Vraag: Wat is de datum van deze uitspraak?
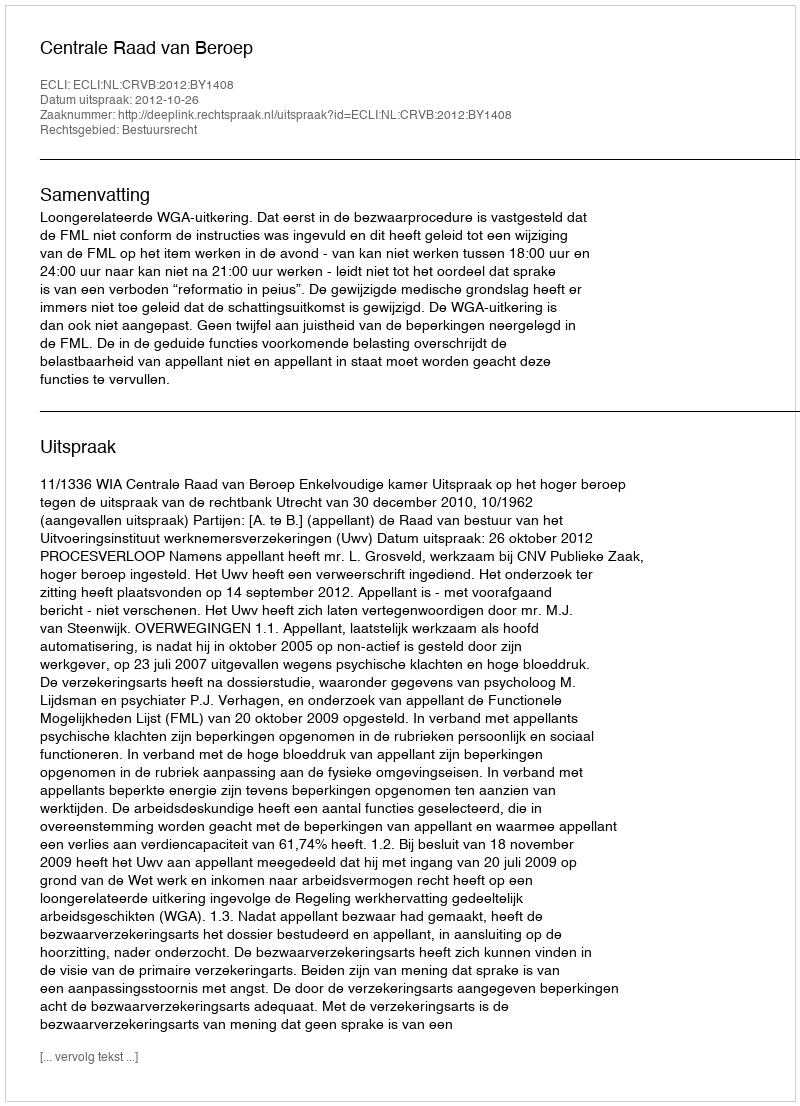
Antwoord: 2012-10-26